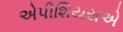
એપીશિયસએ